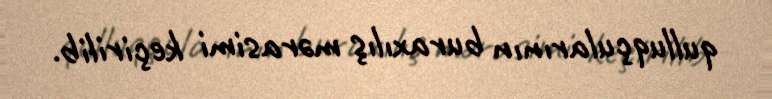
qulluqçularının buraxılış mərasimi keçirilib.